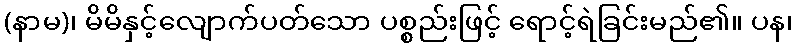
(နာမ)၊ မိမိနှင့်လျောက်ပတ်သော ပစ္စည်းဖြင့် ရောင့်ရဲခြင်းမည်၏။ ပန၊